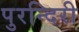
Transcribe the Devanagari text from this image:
पुरन्दिरी